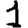
Digit: 1